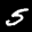
Label: 5